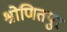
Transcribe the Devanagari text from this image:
श्रोणितपुर